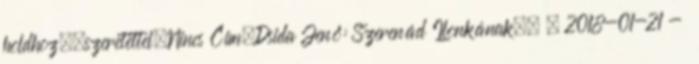
holdhoz.,szeretettel,Nincs Cím,Dsida Jenő: Szerenád Ilonkának,, , 2018-01-21 -